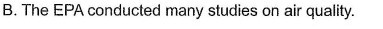
B.The EPA conducted many studies on air quality.